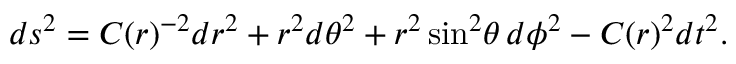
d s ^ { 2 } = C ( r ) ^ { - 2 } d r ^ { 2 } + r ^ { 2 } d \theta ^ { 2 } + r ^ { 2 } \sin ^ { 2 } \! \theta \, d \phi ^ { 2 } - C ( r ) ^ { 2 } d t ^ { 2 } .